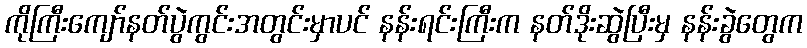
ကိုကြီးကျော်နတ်ပွဲကွင်းအတွင်းမှာပင် နန်းရင်းကြီးက နတ်ဒိုးဆွဲပြီးမှ နန်းခွဲတွေက